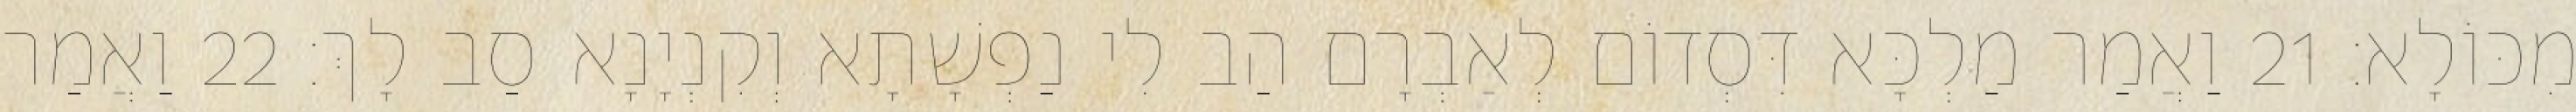
מִכּוֹלָא׃ 21 וַאֲמַר מַלְכָּא דִּסְדוֹם לְאַבְרָם הַב לִי נַפְשָׁתָא וְקִנְיָנָא סַב לָךְ׃ 22 וַאֲמַר